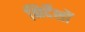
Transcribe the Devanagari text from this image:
निर्देंशों